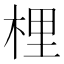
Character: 梩